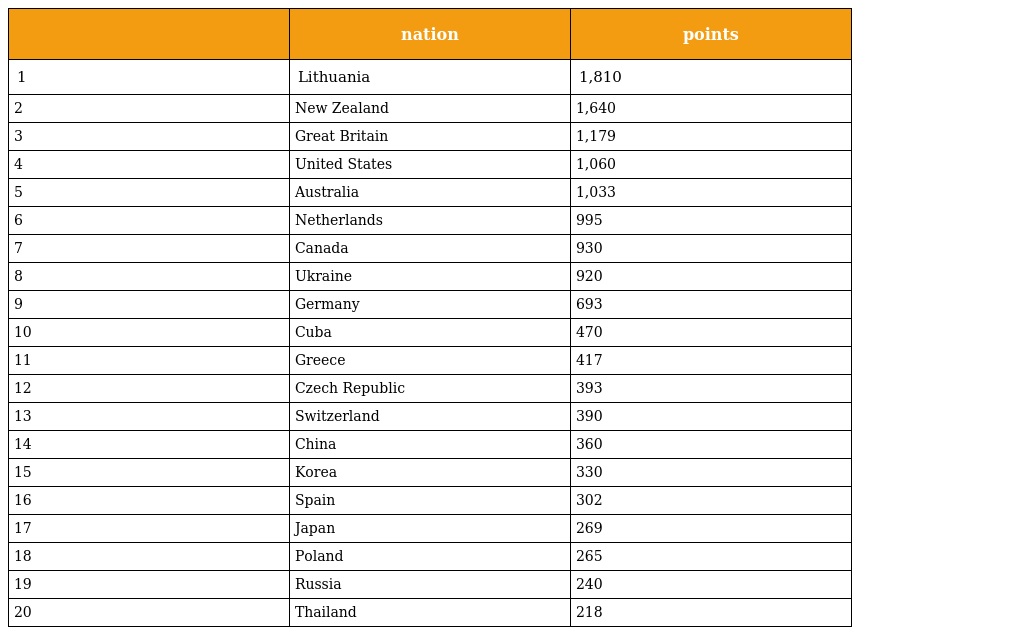
|  | nation | points |
 | --- | --- | --- |
 | 1 | Lithuania | 1,810 |
 | 2 | New Zealand | 1,640 |
 | 3 | Great Britain | 1,179 |
 | 4 | United States | 1,060 |
 | 5 | Australia | 1,033 |
 | 6 | Netherlands | 995 |
 | 7 | Canada | 930 |
 | 8 | Ukraine | 920 |
 | 9 | Germany | 693 |
 | 10 | Cuba | 470 |
 | 11 | Greece | 417 |
 | 12 | Czech Republic | 393 |
 | 13 | Switzerland | 390 |
 | 14 | China | 360 |
 | 15 | Korea | 330 |
 | 16 | Spain | 302 |
 | 17 | Japan | 269 |
 | 18 | Poland | 265 |
 | 19 | Russia | 240 |
 | 20 | Thailand | 218 |